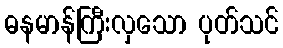
ဓနမာန်ကြီးလှသော ပုတ်သင်